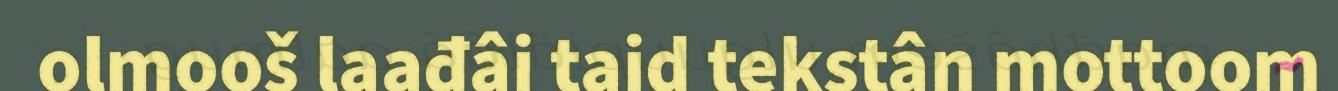
olmooš laađâi taid tekstân mottoom